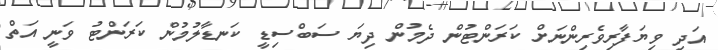
އަދި ވިޔަފާރިވެރިންނަށް ކަރަންޓުން ދެމުން ދިޔަ ސަބްސިޑީ ކަނޑާލުމުން ކަރަންޓު ވަނީ އަތް